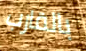
بالقارب